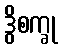
ဒွိစက္ခု